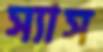
স্যাস